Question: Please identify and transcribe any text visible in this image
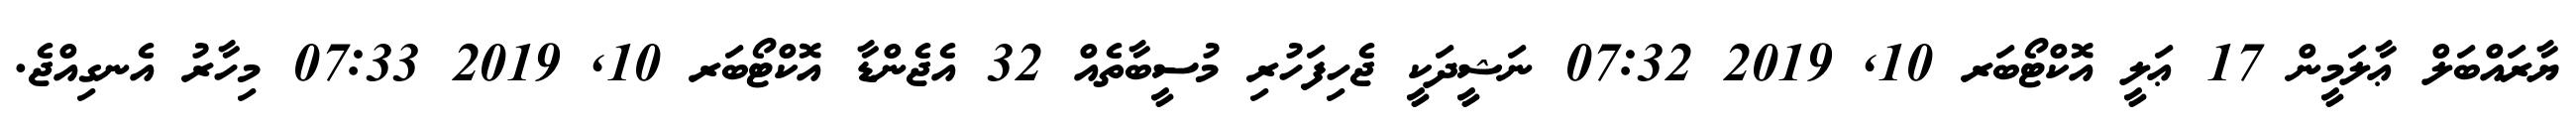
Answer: ޔާރައްބަލް ޢާލަމީން 17 ޢަލީ އޮކްޓޯބަރ 10, 2019 07:32 ނަޝީދަކީ ޖެހިފަހުރި މުސީބާތެއް 32 އެޖެންޑާ އޮކްޓޯބަރ 10, 2019 07:33 މިހާރު އެނގިއްޖެ.